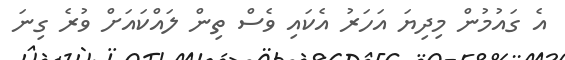
އެ ގައުމުން މިދިޔަ އަހަރު އެކައި ވެސް ތިން ލައްކައަށް ވުރެ ގިނަ